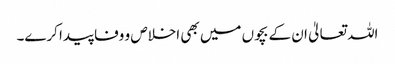
اللہ تعالیٰ ان کے بچوں میں بھی اخلاص و وفا پیدا کرے۔